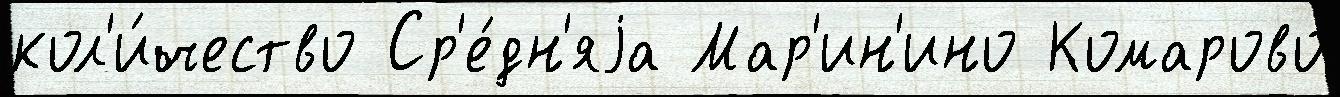
кол'и́чество Ср'е́дн'яjа Мар'ин'ино Комарово